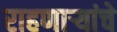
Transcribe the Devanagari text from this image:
राहणाऱ्यांचे